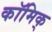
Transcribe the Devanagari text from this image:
कॉमिक्